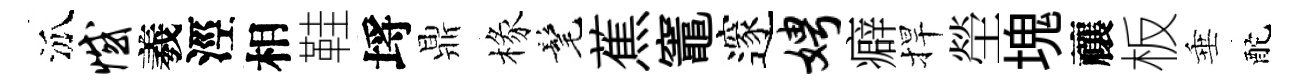
泒憾羲涇相鞋埓鼎椽髦蕉竈邃娉癖捍塋塊禳板垂酡